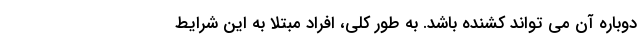
دوباره آن می تواند کشنده باشد. به طور کلی، افراد مبتلا به این شرایط